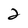
Character: 2